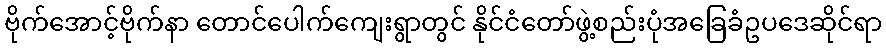
ဗိုက်အောင့်ဗိုက်နာ တောင်ပေါက်ကျေးရွာတွင် နိုင်ငံတော်ဖွဲ့စည်းပုံအခြေခံဥပဒေဆိုင်ရာ